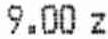
9.00 Z